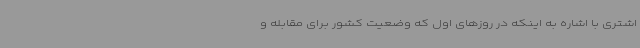
اشتری با اشاره به اینکه در روزهای اول که وضعیت کشور برای مقابله و